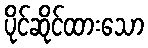
ပိုင်ဆိုင်ထားသော